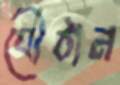
বৌঠান